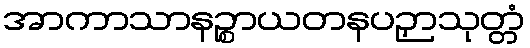
အာကာသာနဉ္စာယတနပဉှာသုတ္တံ